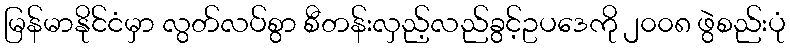
မြန်မာနိုင်ငံမှာ လွတ်လပ်စွာ စီတန်းလှည့်လည်ခွင့်ဥပဒေကို ၂၀၀၈ ဖွဲစည်းပုံ